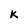
Character: K